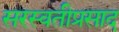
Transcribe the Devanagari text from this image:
सरस्वतीप्रसाद